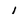
Character: 1